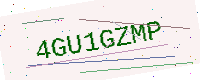
Text: 4GU1GZMP